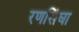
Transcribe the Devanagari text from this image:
रणसिंघा